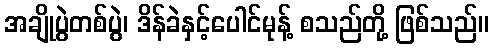
အချိုပွဲတစ်ပွဲ၊ ဒိန်ခဲနှင့်ပေါင်မုန့် စသည်တို့ ဖြစ်သည်။